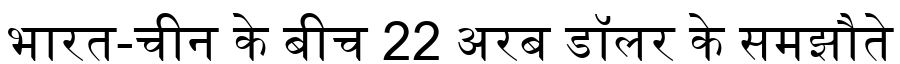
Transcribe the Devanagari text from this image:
भारत-चीन के बीच 22 अरब डॉलर के समझौते